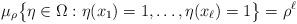
LaTeX: \begin{align*}\mu_\rho\big\{\eta\in\Omega: \eta(x_1)=1,\dots, \eta(x_\ell) =1\big\} = \rho^ \ell\end{align*}